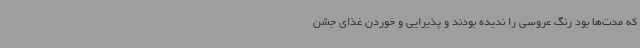
که مدت‌ها بود رنگ عروسی را ندیده‌ بودند و پذیرایی و خوردن غذای جشن